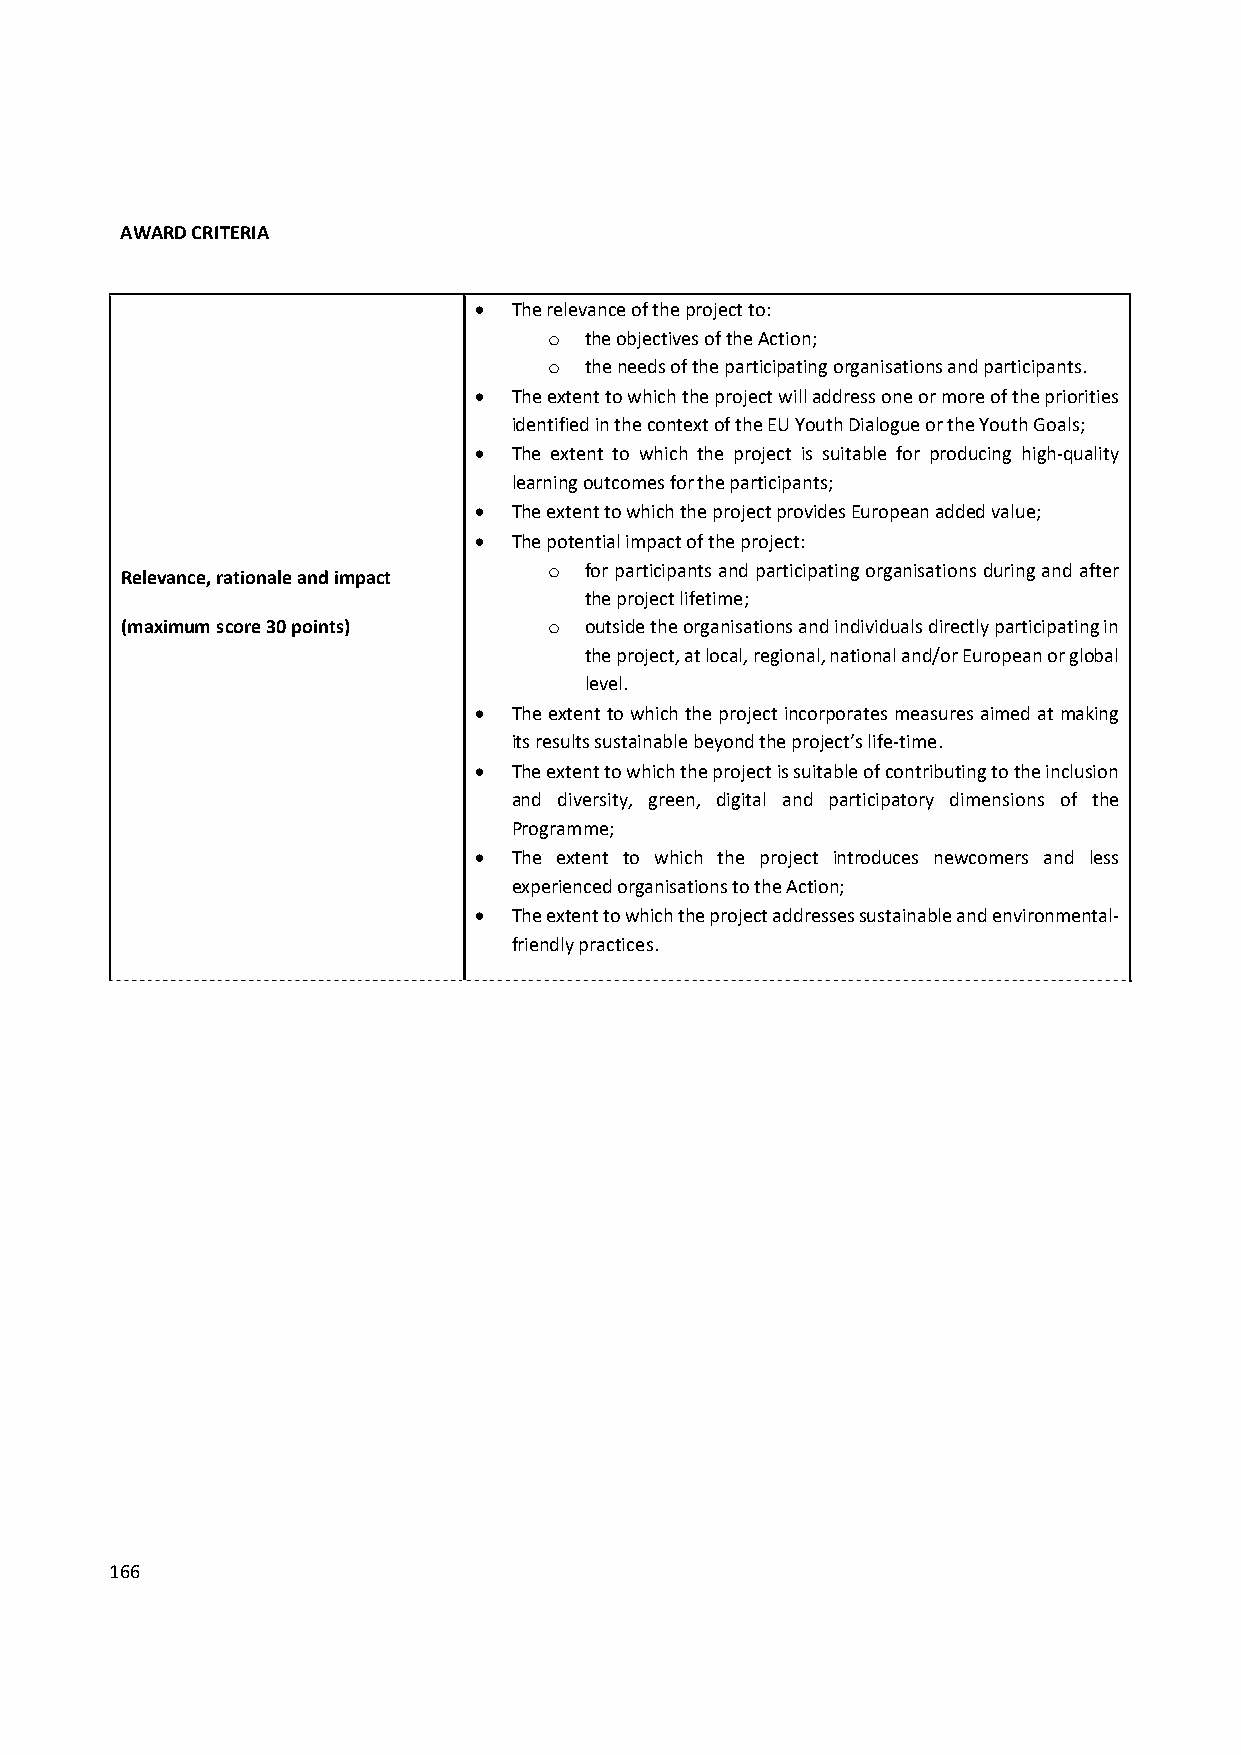
AWARD CRITERIA
   The relevance of the project to:
 o  the objectives of the Action;
 o  the needs of the participating organisations and participants.
   The extent to which the project will address one or more of the priorities
 identified in the context of the EU Youth Dialogue or the Youth Goals;
   The extent to which the project is suitable for producing high‐quality
 learning outcomes for the participants;
   The extent to which the project provides European added value;
   The potential impact of the project:
 o  for participants and participating organisations during and after
 Relevance, rationale and impact
 the project lifetime;
 (maximum score 30 points)   o  outside the organisations and individuals directly participating in
 the project, at local, regional, national and/or European or global
 level.
   The extent to which the project incorporates measures aimed at making
 its results sustainable beyond the project’s life‐time.
   The extent to which the project is suitable of contributing to the inclusion
 and diversity, green, digital and participatory dimensions of the
 Programme;
   The extent to which the project introduces newcomers and less
 experienced organisations to the Action;
   The extent to which the project addresses sustainable and environmental‐
 friendly practices.
 166